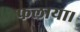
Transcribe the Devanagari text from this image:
फलाया।